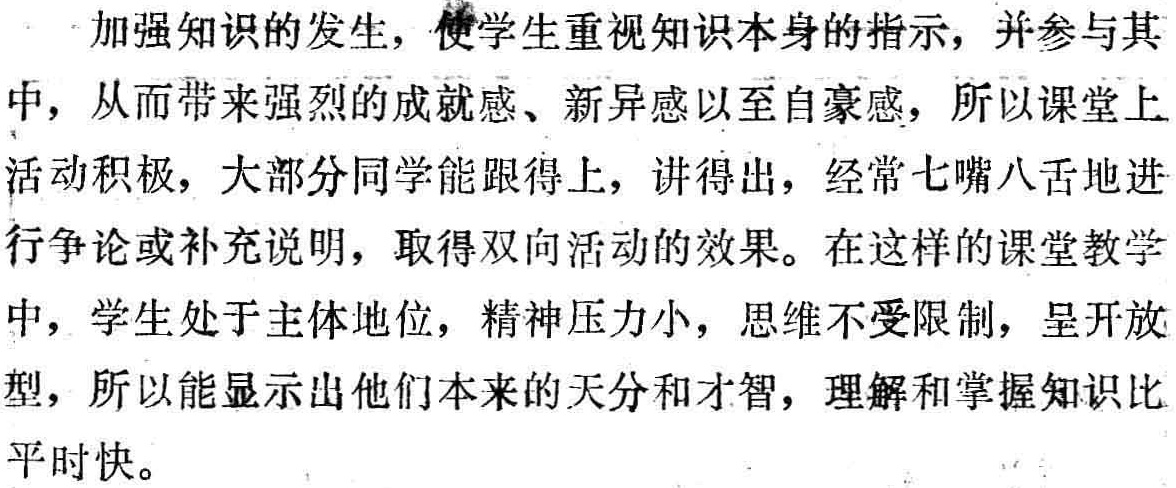
加强知识的发生，使学生重视知识本身的指示，并参与其中，从而带来强烈的成就感、新异感以至自豪感，所以课堂上活动积极，大部分同学能跟得上，讲得出，经常七嘴八舌地进行争论或补充说明，取得双向活动的效果。在这样的课堂教学中，学生处于主体地位，精神压力小，思维不受限制，呈开放型，所以能显示出他们本来的天分和才智，理解和掌握知识比平时快。